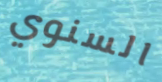
السنوي